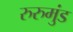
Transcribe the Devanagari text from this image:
रुरुमुंड